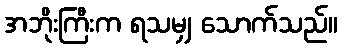
အဘိုးကြီးက ရသမျှ သောက်သည်။